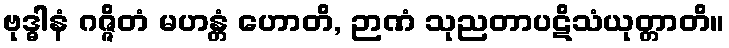
ဗုဒ္ဓါနံ ဂဇ္ဇိတံ မဟန္တံ ဟောတိ, ဉာဏံ သုညတာပဋိသံယုတ္တာတိ။